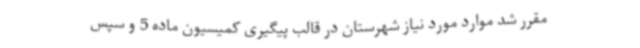
مقرر شد موارد مورد نیاز شهرستان در قالب پیگیری کمیسیون ماده 5 و سپس